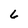
Character: 6